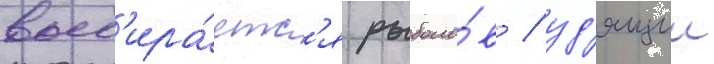
выб'ира́етс'я рыболо́в / уд'ящии